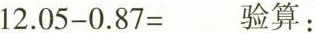
$$1 2 . 0 5 - 0 . 8 7 =$$验算: